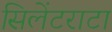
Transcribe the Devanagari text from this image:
सिलेंटराटा